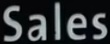
Sales